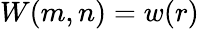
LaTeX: W(m,n)=w(r)